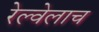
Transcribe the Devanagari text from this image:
रेल्वेलाच